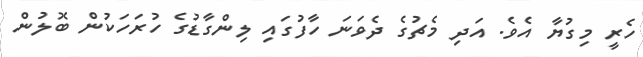
ހެރީ މިގުޔާ އެވެ. އަދި މެޗުގެ ދެވަނަ ހާފުގައި ލިންގާޑުގެ ހުރަހަކުން ބޮލުން